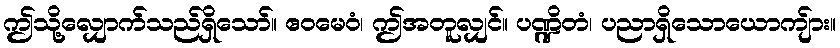
ဤသို့လျှောက်သည်ရှိသော်။ ဧဝမေဝံ၊ ဤအတူလျှင်။ ပဏ္ဍိတံ၊ ပညာရှိသောယောကျ်ား။